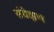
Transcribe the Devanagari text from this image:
संवेक्षण